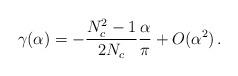
LaTeX: \begin{align*}\gamma(\alpha) = - \frac{N_c^2 - 1}{2 N_c}\frac{\alpha}{\pi} + O(\alpha^2) \, .\end{align*}